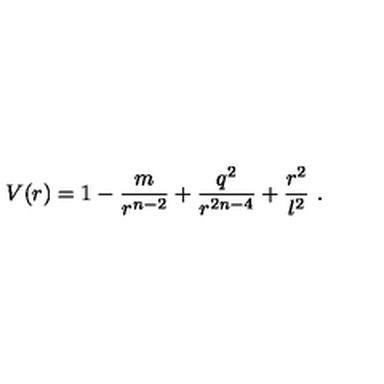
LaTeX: V ( r ) = 1 - \frac { m } { r ^ { n - 2 } } + \frac { q ^ { 2 } } { r ^ { 2 n - 4 } } + \frac { r ^ { 2 } } { l ^ { 2 } } \ .